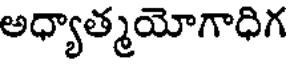
అధ్యాత్మయోగాధిగ